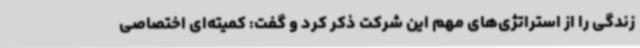
زندگی را از استراتژی‌های مهم این شرکت ذکر کرد و گفت: کمیته‌ای اختصاصی